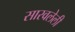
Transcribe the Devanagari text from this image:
सारवलेली